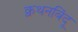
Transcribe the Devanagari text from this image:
क्वथनबिंदू